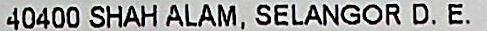
40400 SHAH ALAM, SELANGOR D. E.